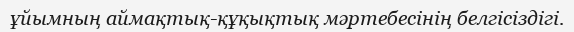
ұйымның аймақтық-құқықтық мәртебесінің белгісіздігі.